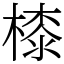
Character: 㯃